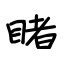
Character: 睹